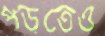
পড়তেও